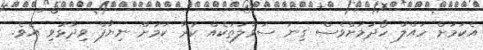
އެކަމަށް ހައްލު ހޯދުމަށްވެސް ގިނަ ސުވާލުތަކެއް ކުރާ ކަމަށް ނިޔާފް ވިދާޅުވި އެވެ.